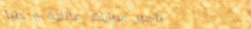
تأجير سيارات عائلية و سيا